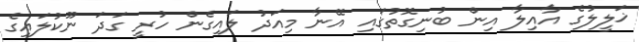
ޚަލީލުގެ އާއިލާ އިން ބުނިގޮތުގައި އޭނާ މިއަދު ލައިގެން ހުރީ ގަދަ ނޫކުލައިގެ